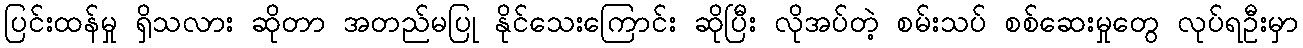
ပြင်းထန်မှု ရှိသလား ဆိုတာ အတည်မပြု နိုင်သေးကြောင်း ဆိုပြီး လိုအပ်တဲ့ စမ်းသပ် စစ်ဆေးမှုတွေ လုပ်ရဦးမှာ